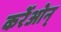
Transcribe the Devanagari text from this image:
कर्रेओन्